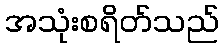
အသုံးစရိတ်သည်